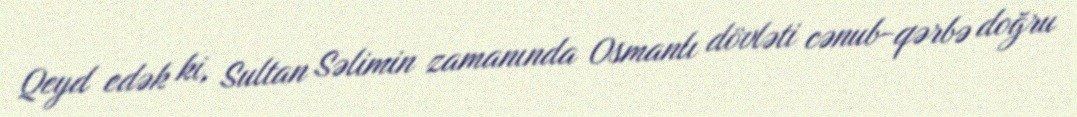
Qeyd edək ki, Sultan Səlimin zamanında Osmanlı dövləti cənub-qərbə doğru